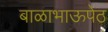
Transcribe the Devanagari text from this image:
बाळाभाऊपेठ